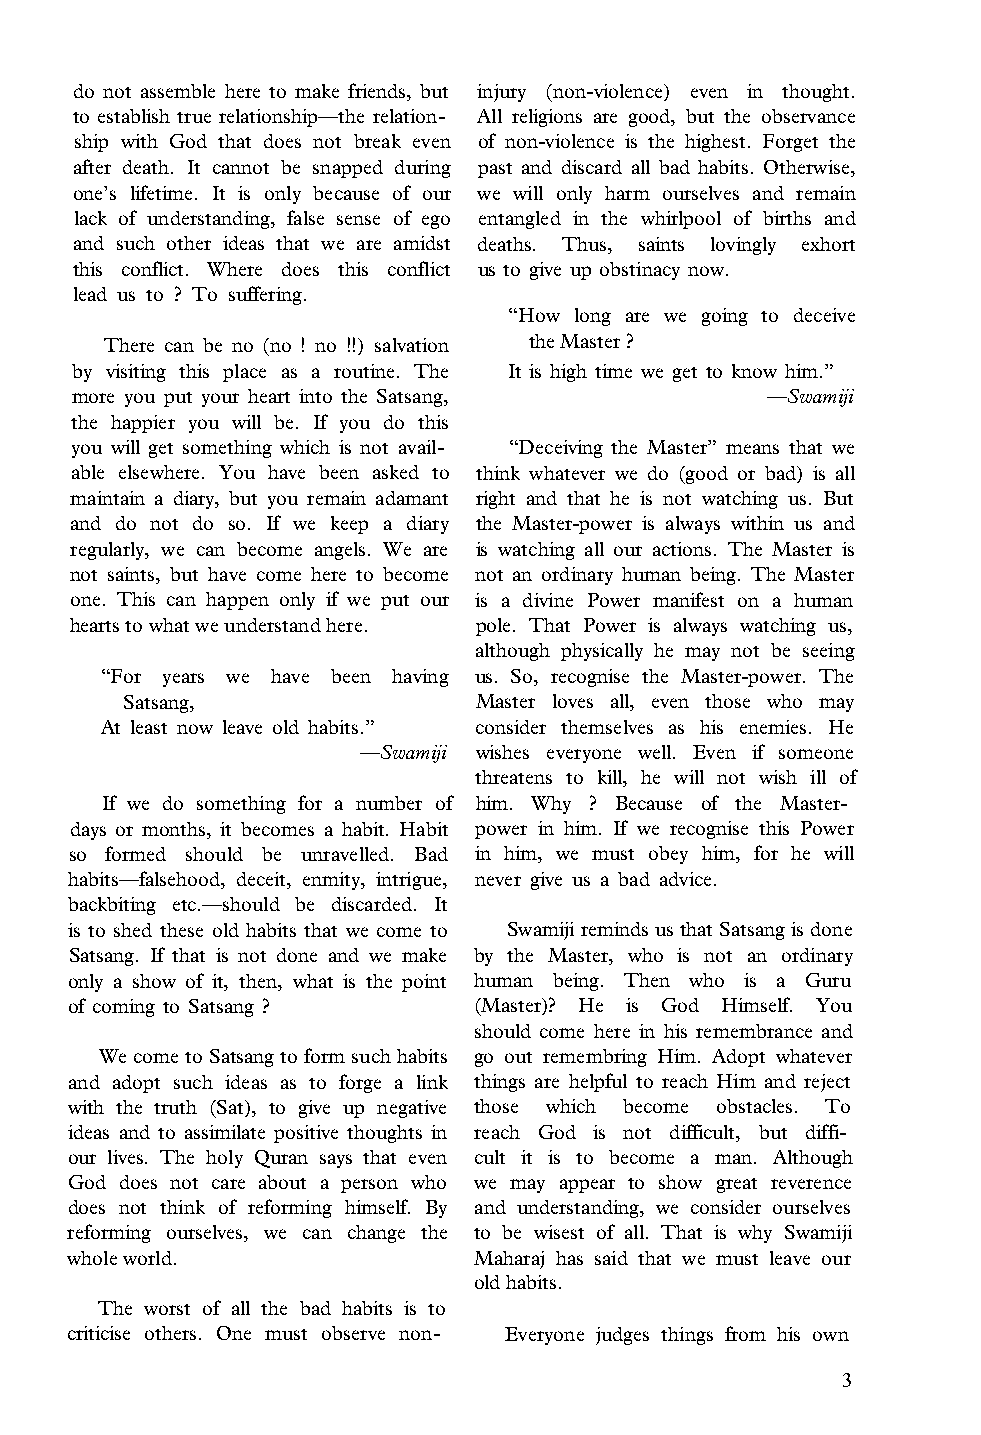
do not assemble here to make friends, but injury (non-violence) even in thought.
 to establish true relationship—the relation­ All religions are good, but the observance
 ship with God that does not break even of non-violence is the highest. Forget the
 after death. It cannot be snapped during past and discard all bad habits. Otherwise,
 one’s lifetime. It is only because of our we will only harm ourselves and remain
 lack of understanding, false sense of ego entangled in the whirlpool of births and
 and such other ideas that we are amidst deaths. Thus, saints lovingly exhort
 this conflict. Where does this conflict us to give up obstinacy now.
 lead us to ? To suffering.
 “How long are we going to deceive
 There can be no (no ! no !!) salvation the Master ?
 by visiting this place as a routine. The It is high time we get to know him.”
 more you put your heart into the Satsang,     —Swamiji
 the happier you will be. If you do this
 you will get something which is not avail­ “Deceiving the Master” means that we
 able elsewhere. You have been asked to think whatever we do (good or bad) is all
 maintain a diary, but you remain adamant right and that he is not watching us. But
 and do not do so. If we keep a diary the Master-power is always within us and
 regularly, we can become angels. We are is watching all our actions. The Master is
 not saints, but have come here to become not an ordinary human being. The Master
 one. This can happen only if we put our is a divine Power manifest on a human
 hearts to what we understand here. pole. That Power is always watching us,
 although physically he may not be seeing
 “For years we have been having us. So, recognise the Master-power. The
 Satsang,               Master loves all, even those who may
 At least now leave old habits.” consider themselves as his enemies. He
 —Swamiji wishes everyone well. Even if someone
 threatens to kill, he will not wish ill of
 If we do something for a number of him. Why ? Because of the Master­
 days or months, it becomes a habit. Habit power in him. If we recognise this Power
 so formed should be unravelled. Bad in him, we must obey him, for he will
 habits—falsehood, deceit, enmity, intrigue, never give us a bad advice.
 backbiting etc.—should be discarded. It
 is to shed these old habits that we come to Swamiji reminds us that Satsang is done
 Satsang. If that is not done and we make by the Master, who is not an ordinary
 only a show of it, then, what is the point human being. Then who is a Guru
 of coming to Satsang ?    (Master)? He is God Himself. You
 should come here in his remembrance and
 We come to Satsang to form such habits go out remembring Him. Adopt whatever
 and adopt such ideas as to forge a link things are helpful to reach Him and reject
 with the truth (Sat), to give up negative those which become obstacles. To
 ideas and to assimilate positive thoughts in reach God is not difficult, but diffi­
 our lives. The holy Quran says that even cult it is to become a man. Although
 God does not care about a person who we may appear to show great reverence
 does not think of reforming himself. By and understanding, we consider ourselves
 reforming ourselves, we can change the to be wisest of all. That is why Swamiji
 whole world.               Maharaj has said that we must leave our
 old habits.
 The worst of all the bad habits is to
 criticise others. One must observe non­ Everyone judges things from his own
 3